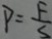
P = \frac { F } { S }